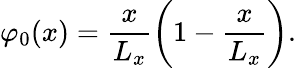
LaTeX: \varphi_{0}(x)=\frac{x}{L_{x}}\left(1-\frac{x}{L_{x}}\right).